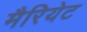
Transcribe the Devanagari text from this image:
मैरियेट